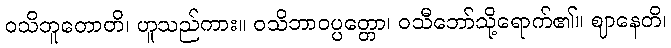
ဝသိဘူတောတိ၊ ဟူသည်ကား။ ဝသိဘာဝပ္ပတ္တော၊ ဝသီဘော်သို့ရောက်၏။ ဈာနေတိ၊